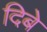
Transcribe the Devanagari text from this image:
दिबे